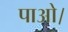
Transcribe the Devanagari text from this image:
पाओ।